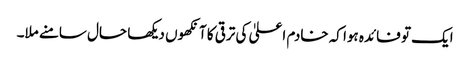
ایک تو فائدہ ہوا کہ خادم اعلیٰ کی ترقی کا آنکھوں دیکھا حال سامنے ملا۔